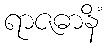
ရာဇဓာနိံ